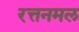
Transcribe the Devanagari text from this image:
रत्तनमल